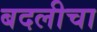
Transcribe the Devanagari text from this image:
बदलीचा